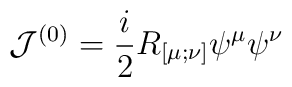
{\cal J}^{(0)} = \frac i2 R_{[\mu;\nu]} \psi^\mu \psi^\nu